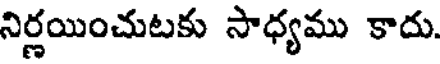
నిర్ణయించుటకు సాధ్యము కాదు.